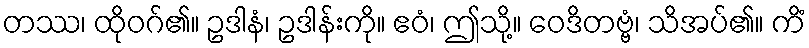
တဿ၊ ထိုဝဂ်၏။ ဥဒါနံ၊ ဥဒါန်းကို။ ဧဝံ၊ ဤသို့။ ဝေဒိတဗ္ဗံ၊ သိအပ်၏။ ကိံ